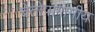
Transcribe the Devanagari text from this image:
चेतोपागामीय